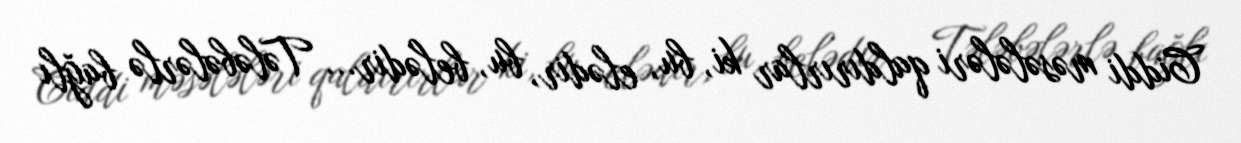
Ciddi məsələləri qaldırırlar ki, bu, elədir, bu, belədir... Tələbələrlə bağlı